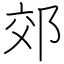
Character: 郊